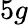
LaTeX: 5g